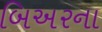
બિઅરના